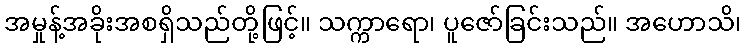
အမှုန့်အခိုးအစရှိသည်တို့ဖြင့်။ သက္ကာရော၊ ပူဇော်ခြင်းသည်။ အဟောသိ၊